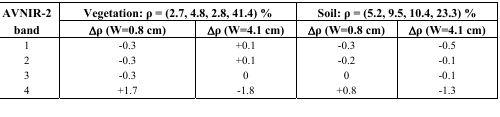
| <ROWSPAN=3> AVNIR-2 band | <COLSPAN=2> Vegetation:ρ = (2.7, 4.8, 2.8, 41.4)% | <COLSPAN=2> Soil:ρ = (5.2, 9.5, 10.4, 23.3)% |
 | Δρ (W=0.8 cm) | Δρ (W=4.1 cm) | Δρ (W=0.8 cm) | Δρ (W=4.1 cm) |
 | --- | --- | --- | --- | --- |
 | 1 | -0.3 | +0.1 | -0.3 | -0.5 |
 | 2 | -0.3 | +0.1 | -0.2 | -0.1 |
 | 3 | -0.3 | 0 | 0 | -0.1 |
 | 4 | +1.7 | -1.8 | +0.8 | -1.3 |